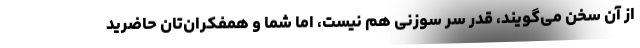
از آن سخن می‌گویند، قدر سر سوزنی هم نیست، اما شما و همفکران‌تان حاضرید